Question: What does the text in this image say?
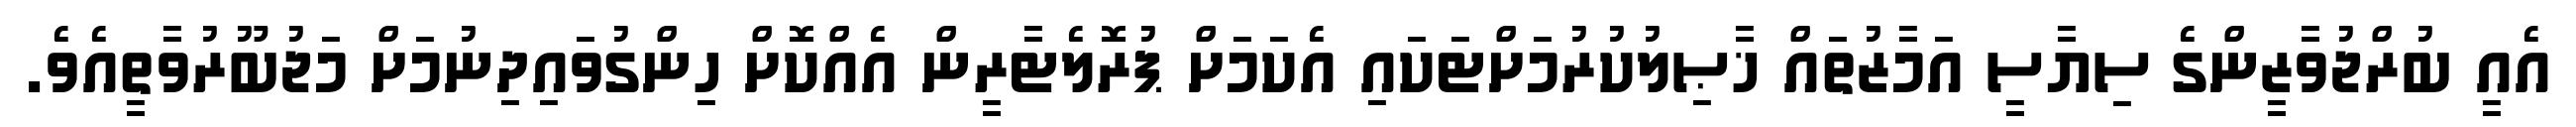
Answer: އެއީ ބުރްޖުވާޒީންގެ ސިޔާސީ އަމާޒުތައް ޚާޞިލުކުރުމަށްޓަކައި އެކަމަށް ޕުރޮލެޓާރީން އެއްކޮށް ހިންގުވައިދިނުމަށް މަޖުބޫރުވާތީއެވެ.